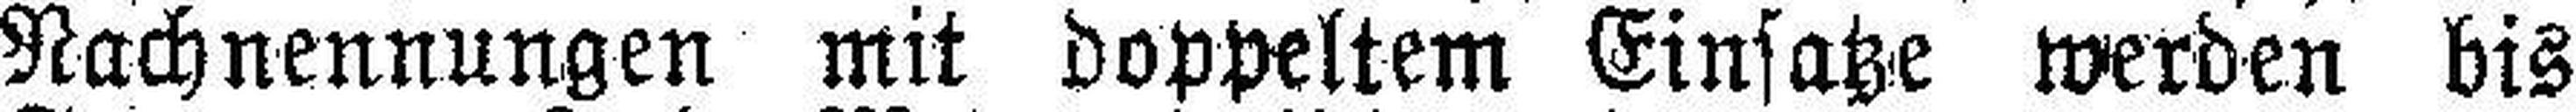
Nachnennungen mit doppeltem Einsatze werden bis